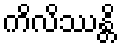
ကိလိဿန္တိ